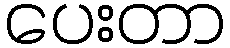
ပေးတာ